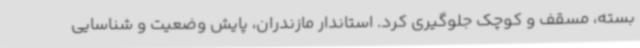
بسته، مسقف و کوچک جلوگیری کرد. استاندار مازندران، پایش وضعیت و شناسایی